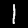
Label: 1